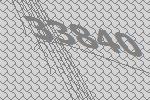
33840